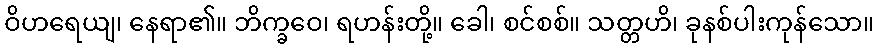
ဝိဟရေယျ၊ နေရာ၏။ ဘိက္ခဝေ၊ ရဟန်းတို့။ ခေါ၊ စင်စစ်။ သတ္တဟိ၊ ခုနစ်ပါးကုန်သော။